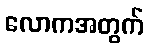
လောကအတွက်